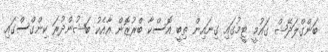
ބަންގްލަދޭޝް ގައުމީ ޓީމުގައި ގިނައިން ތިބީ އޮސްކާ ބްރުޒޮން އާއެކު ބަޝުންދުރަ ކިންގްސްގައި